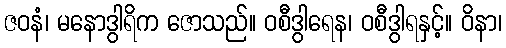
ဇဝနံ၊ မနောဒွါရိက ဇောသည်။ ဝစီဒွါရေန၊ ဝစီဒွါရနှင့်။ ဝိနာ၊